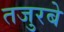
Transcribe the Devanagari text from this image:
तजुरबे